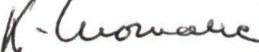
K-luomalle